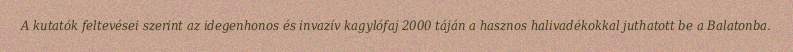
A kutatók feltevései szerint az idegenhonos és invazív kagylófaj 2000 táján a hasznos halivadékokkal juthatott be a Balatonba.